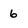
Character: 6